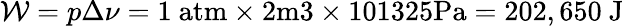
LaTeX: \mathcal{W}={p\Delta\nu}=1~{\mathrm{{atm}}}\times2{\mathrm{{m3}}}\times101325{\mathrm{{Pa}}}=202,650{\mathrm{{~J}}}